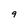
Character: 9